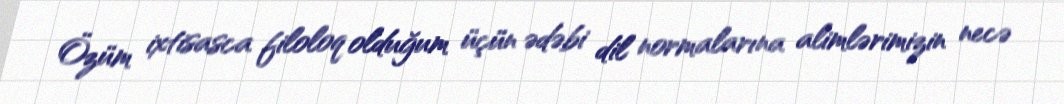
Özüm ixtisasca filoloq olduğum üçün ədəbi dil normalarına alimlərimizin necə